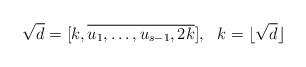
LaTeX: \begin{align*}\sqrt{d}=[k, \overline{u_1,\dots,u_{s-1},2k}],\ \ k=\lfloor \sqrt d\rfloor\end{align*}